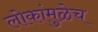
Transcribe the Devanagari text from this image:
लोकांमुळेच